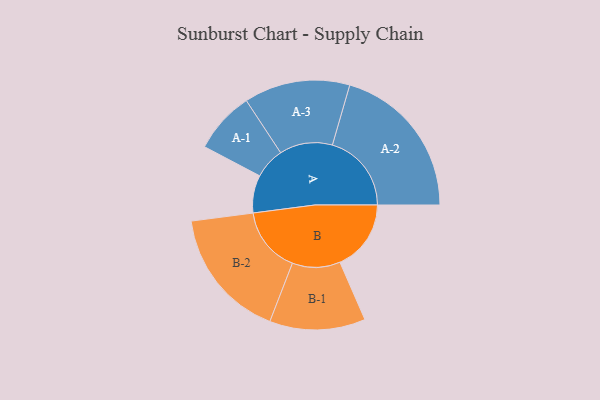
{"axis": {"x": "Segment", "y": "Value"}, "legend": ["", "A", "B"], "data": [{"x": "A", "y": 133, "type": ""}, {"x": "B", "y": 251, "type": ""}, {"x": "A-1", "y": 109, "type": "A"}, {"x": "A-2", "y": 279, "type": "A"}, {"x": "A-3", "y": 187, "type": "A"}, {"x": "B-1", "y": 169, "type": "B"}, {"x": "B-2", "y": 232, "type": "B"}]}